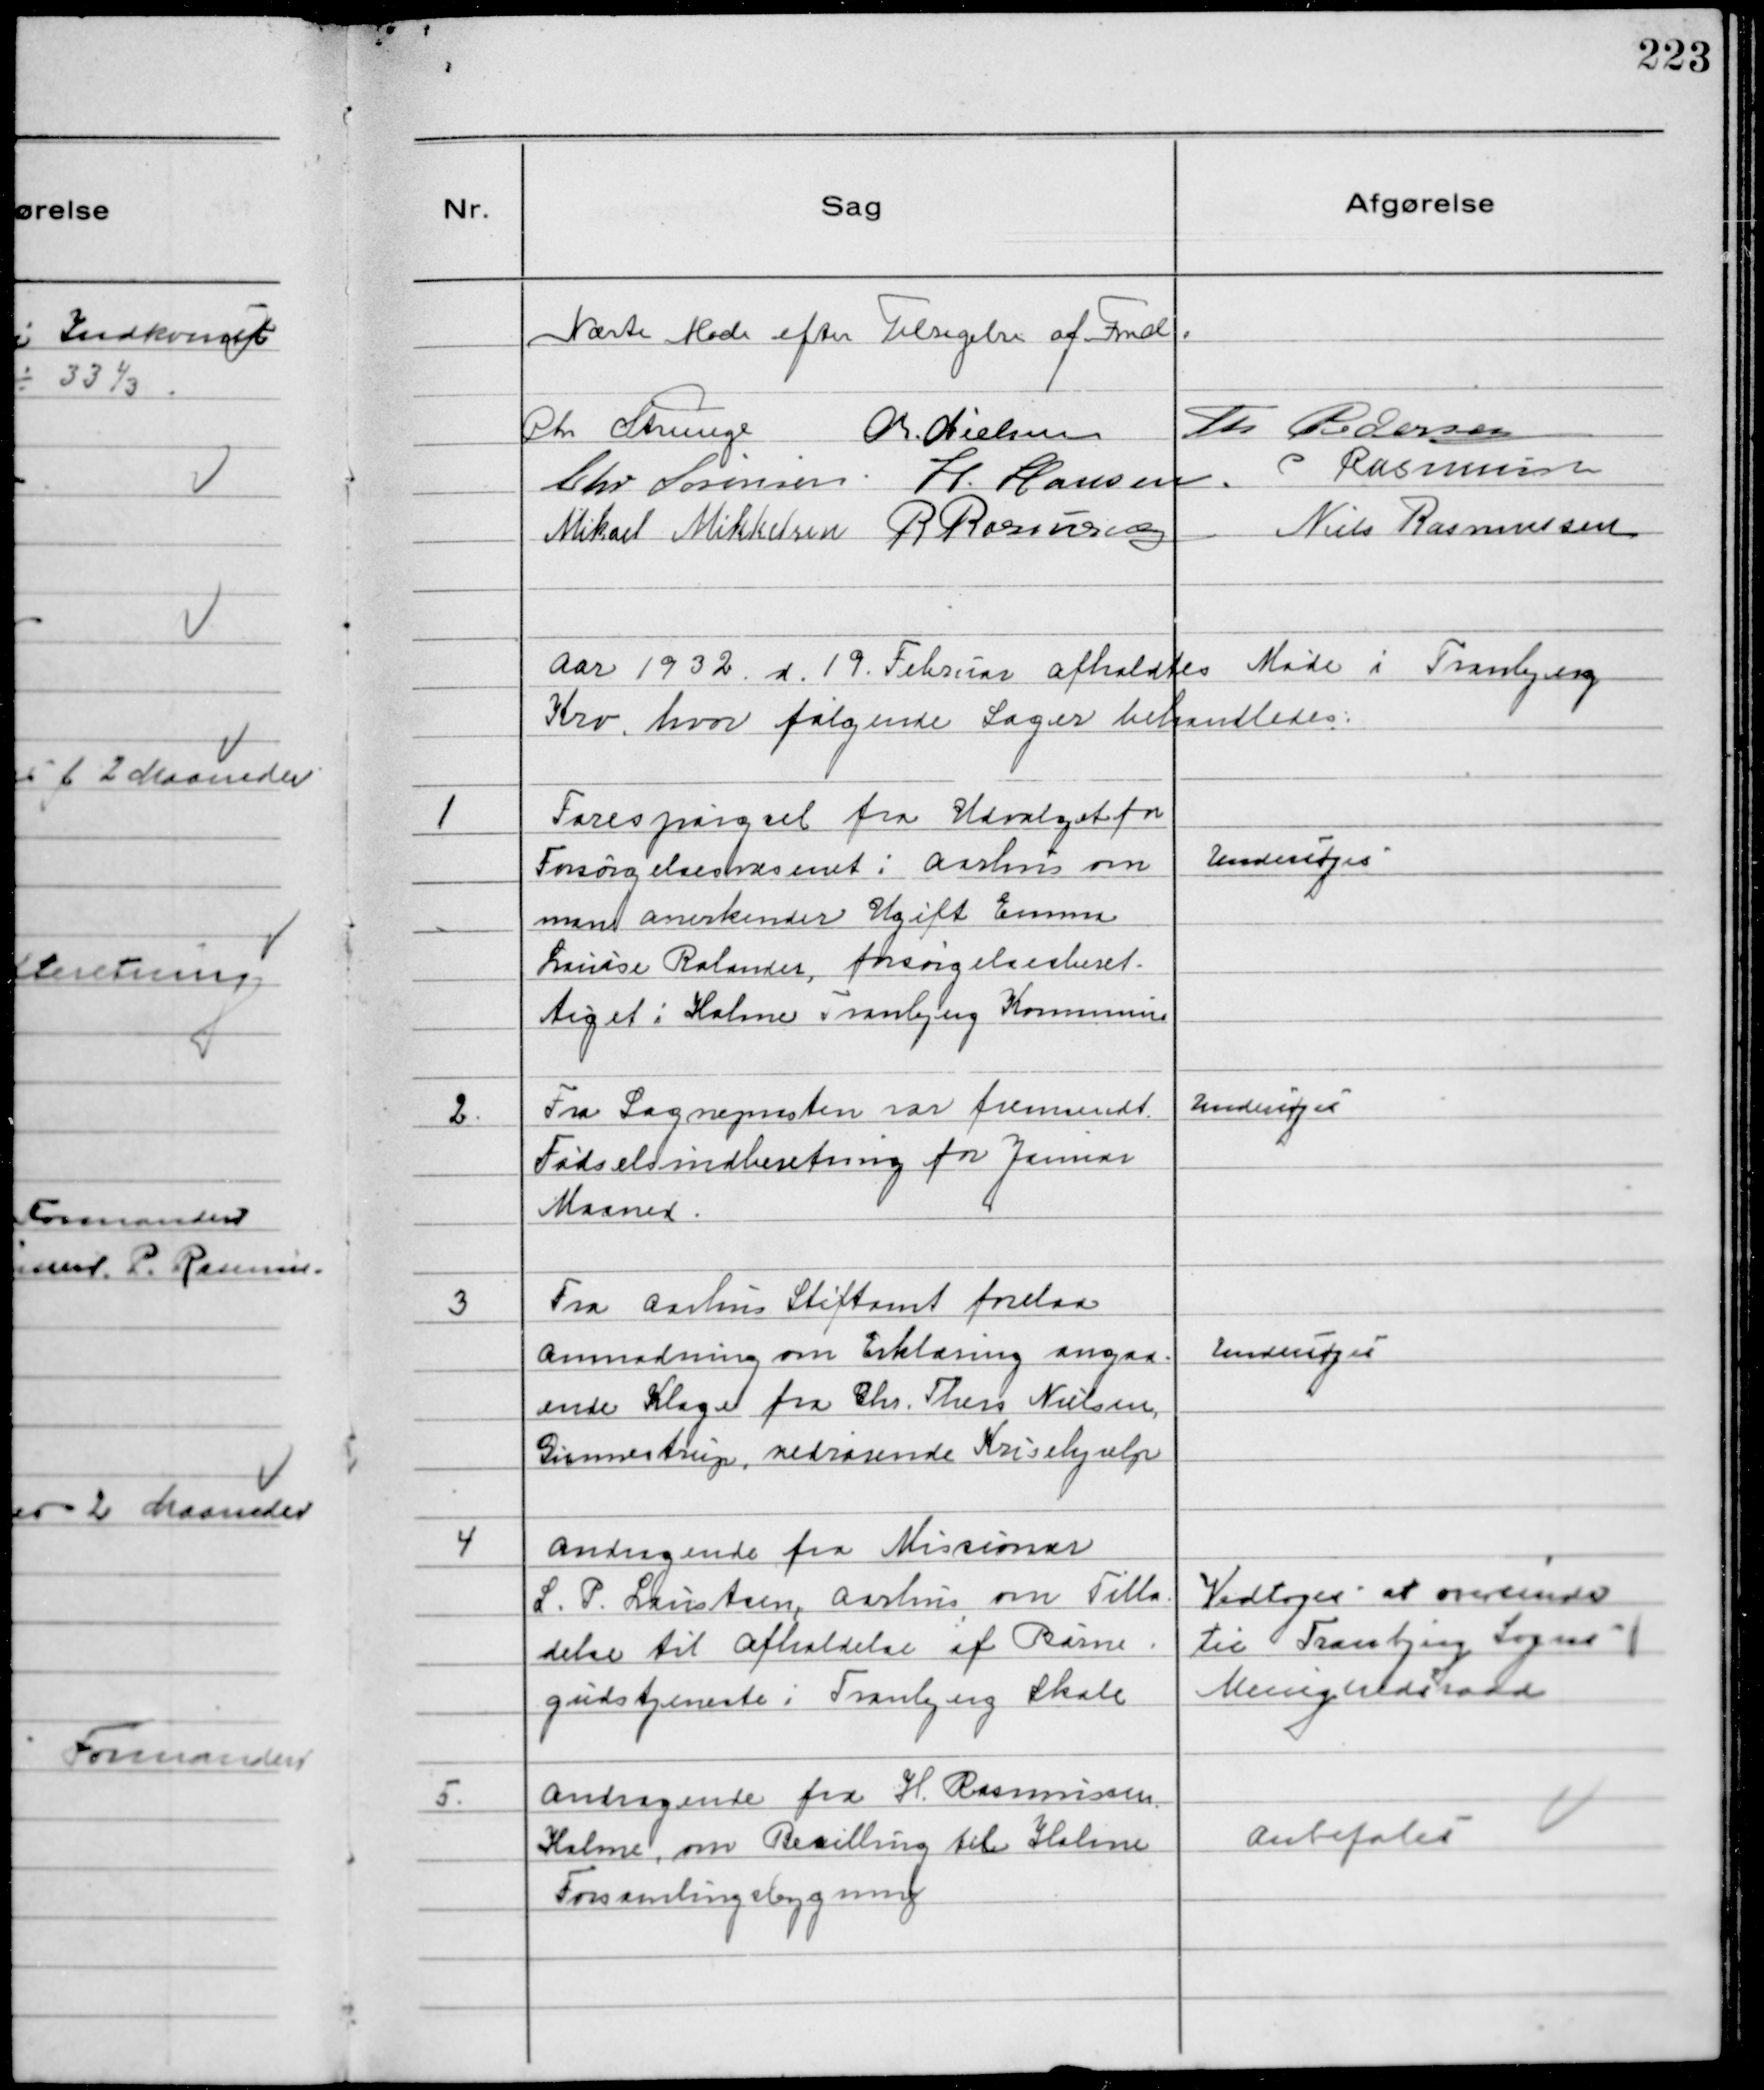
Transskription:
Næste Møde efter Tilsigelse af Fmd.
Chr Strunge Chr Nielsen Th Pedersen
Chr Sørensen. H. Hansen. P Rasmussen
Mikael Mikkelsen R Rasmussen
Niels Rasmussen

Aar 1932. d. 19. Februar afholdtes Møde i Tranbjerg
Kro. hvor følgende Sager behandledes.

1
Forespørgsel fra Udvalget for
Forsørgelsesvæsenet i Aarhus om
man anerkender Ugift Emma
Louise Ralander, forsørgelsesberet-
tiget i Holme Tranbjerg Kommune

Undersøges

2.
Fra Sognepræsten var fremsendt
Fødselsindberetning for Januar
Maaned.

Undersøges

3
Fra Aarhus Stiftamt forelaa
Anmodning om Erklæring angaa-
ende Klage fra Chr. Theis Nielsen,
Gunnestrup, vedrørende Krisehjælp

Undersøges

4
Andragende fra Missionær
L.P. Laustsen, Aarhus om Tilla
delse til Afholdelse af Børne
gudstjeneste i Tranbjerg Skole

Vedtoges at indsende
til Tranbjerg Sogns
Menighedsraad

5.
Andragende fra H. Rasmussen
Holme, om Bevilling til Holme
Forsamlingsbygning

Anbefales